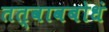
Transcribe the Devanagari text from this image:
तत्वावबोधं